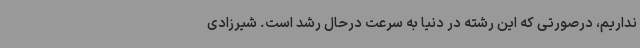
نداریم، درصورتی که این رشته در دنیا به سرعت درحال رشد است. شیرزادی